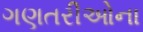
ગણતરીઓના